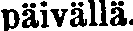
päivällä.